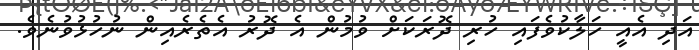
އަދި އެއީ ހަލާކުވެފައި ހުރި ދޮރަކަށް ވުމުން އެ ދޮރު އެތެރެއިން ނުހުޅުވުނެވެ.